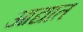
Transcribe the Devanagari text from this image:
आद्यात